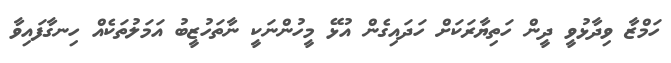
ހަމްޒާ ވިދާޅުވީ ދީން ހަތިޔާރަކަށް ހަދައިގެން އުޅޭ މީހުންނަކީ ނާތަހުޒީބު އަމަލުތަކެއް ހިނގާފައިވާ